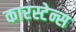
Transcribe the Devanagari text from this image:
कारस्टेन्स